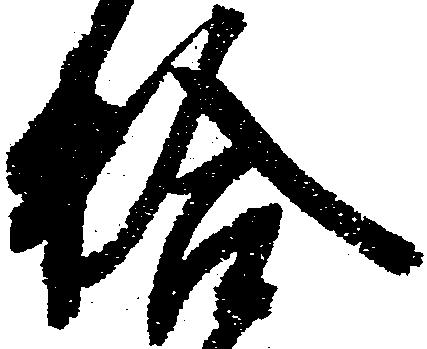
拾